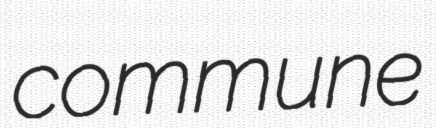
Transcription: commune